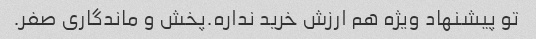
تو پیشنهاد ویژه هم ارزش خرید نداره.پخش و ماندگاری صفر.